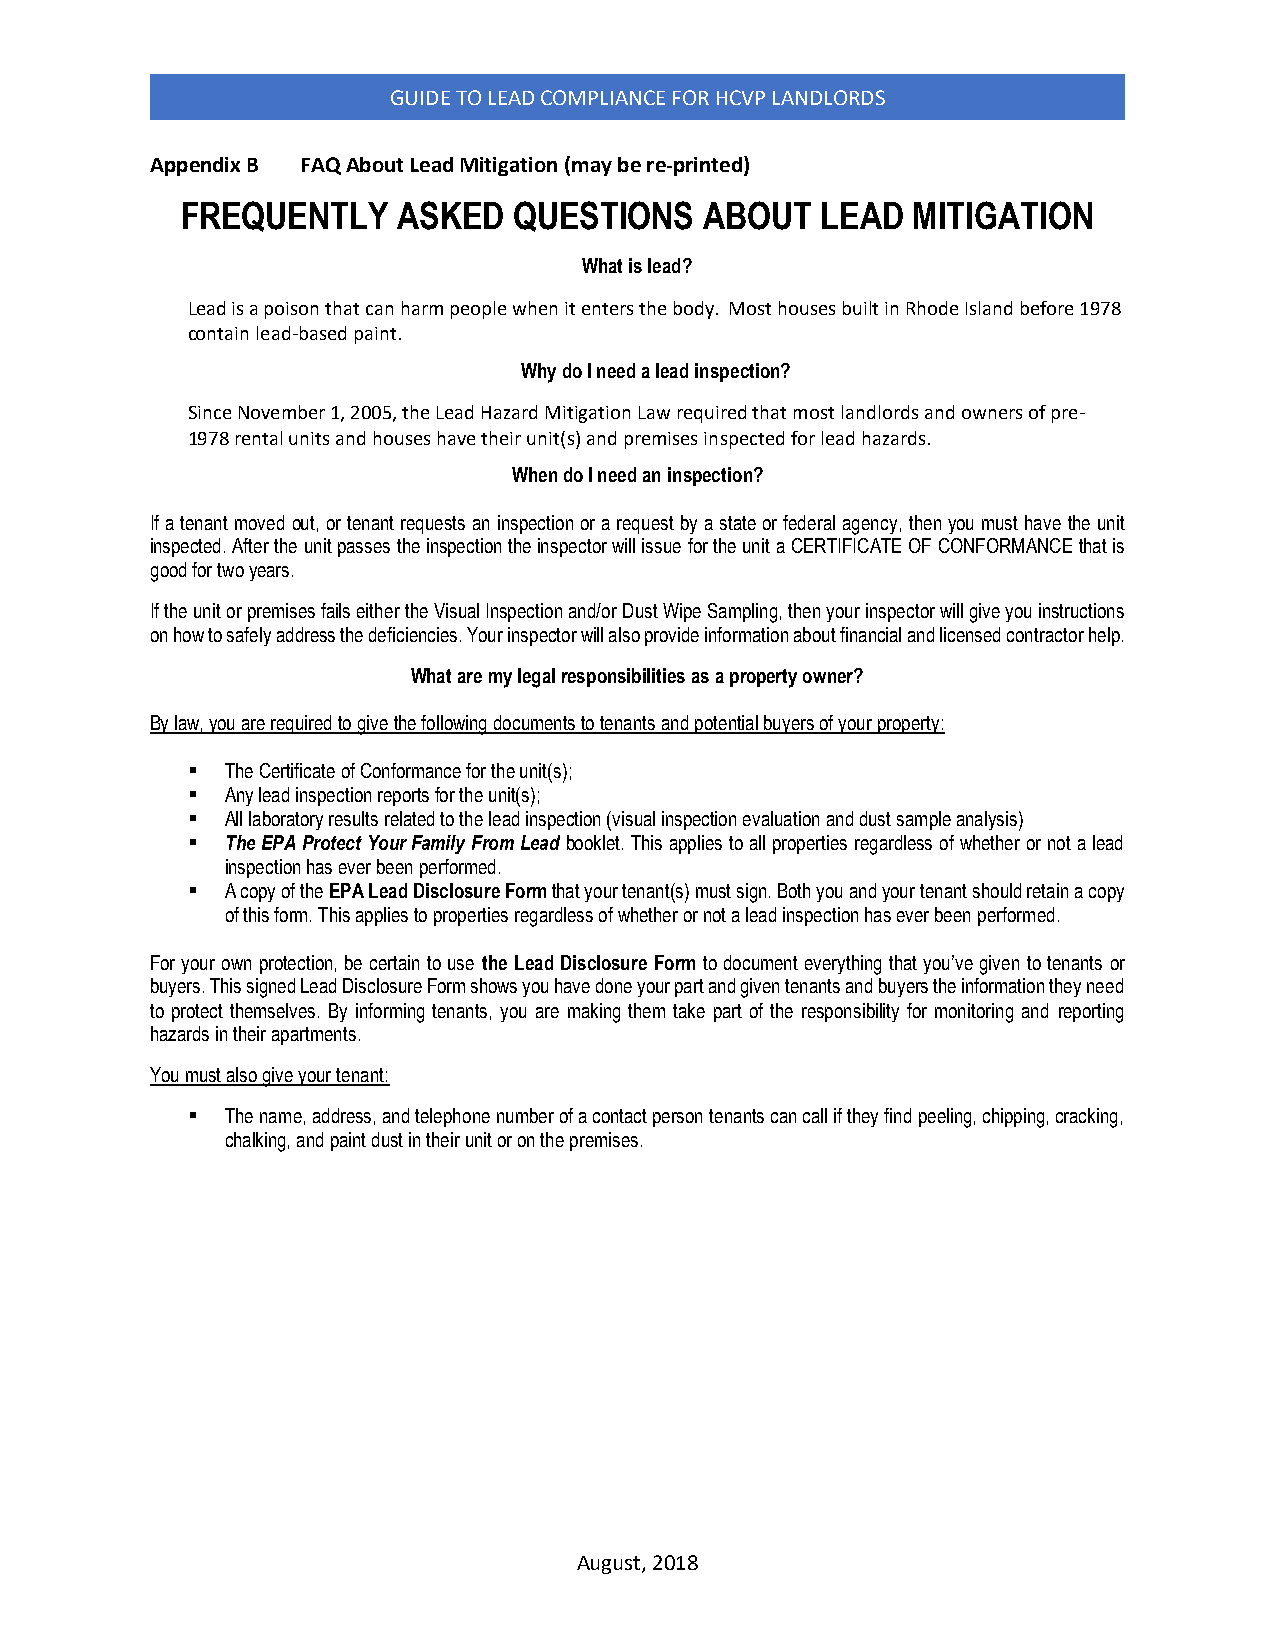
GUIDE TO LEAD COMPLIANCE FOR HCVP LANDLORDS
 Appendix B FAQ About Lead Mitigation (may be re-printed)
 FREQUENTLY    ASKED   QUESTIONS    ABOUT  LEAD  MITIGATION
 What is lead?
 Lead is a poison that can harm people when it enters the body. Most houses built in Rhode Island before 1978
 contain lead-based paint.
 Why do I need a lead inspection?
 Since November 1, 2005, the Lead Hazard Mitigation Law required that most landlords and owners of pre-
 1978 rental units and houses have their unit(s) and premises inspected for lead hazards.
 When do I need an inspection?
 If a tenant moved out, or tenant requests an inspection or a request by a state or federal agency, then you must have the unit
 inspected. After the unit passes the inspection the inspector will issue for the unit a CERTIFICATE OF CONFORMANCE that is
 good for two years.
 If the unit or premises fails either the Visual Inspection and/or Dust Wipe Sampling, then your inspector will give you instructions
 on how to safely address the deficiencies. Your inspector will also provide information about financial and licensed contractor help.
 What are my legal responsibilities as a property owner?
 By law, you are required to give the following documents to tenants and potential buyers of your property:
   The Certificate of Conformance for the unit(s);
   Any lead inspection reports for the unit(s);
   All laboratory results related to the lead inspection (visual inspection evaluation and dust sample analysis)
   The EPA Protect Your Family From Lead booklet. This applies to all properties regardless of whether or not a lead
 inspection has ever been performed.
   A copy of the EPA Lead Disclosure Form that your tenant(s) must sign. Both you and your tenant should retain a copy
 of this form. This applies to properties regardless of whether or not a lead inspection has ever been performed.
 For your own protection, be certain to use the Lead Disclosure Form to document everything that you’ve given to tenants or
 buyers. This signed Lead Disclosure Form shows you have done your part and given tenants and buyers the information they need
 to protect themselves. By informing tenants, you are making them take part of the responsibility for monitoring and reporting
 hazards in their apartments.
 You must also give your tenant:
   The name, address, and telephone number of a contact person tenants can call if they find peeling, chipping, cracking,
 chalking, and paint dust in their unit or on the premises.
 August, 2018